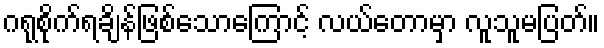
ဂရုစိုက်ရချိန်ဖြစ်သောကြောင့် လယ်တောမှာ လူသူမပြတ်။